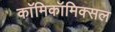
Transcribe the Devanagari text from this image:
काॅमिकॉमिक्सल